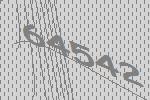
64542